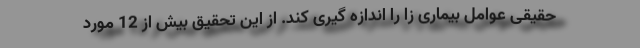
حقیقی عوامل بیماری زا را اندازه گیری کند. از این تحقیق بیش از 12 مورد